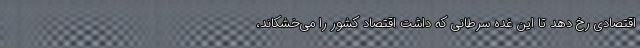
اقتصادی رخ دهد تا این غده سرطانی که داشت اقتصاد کشور را می‌خشکاند،